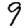
Digit: 9